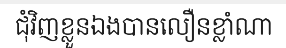
ជុំវិញខ្លួនឯងបានលឿនខ្លាំណា